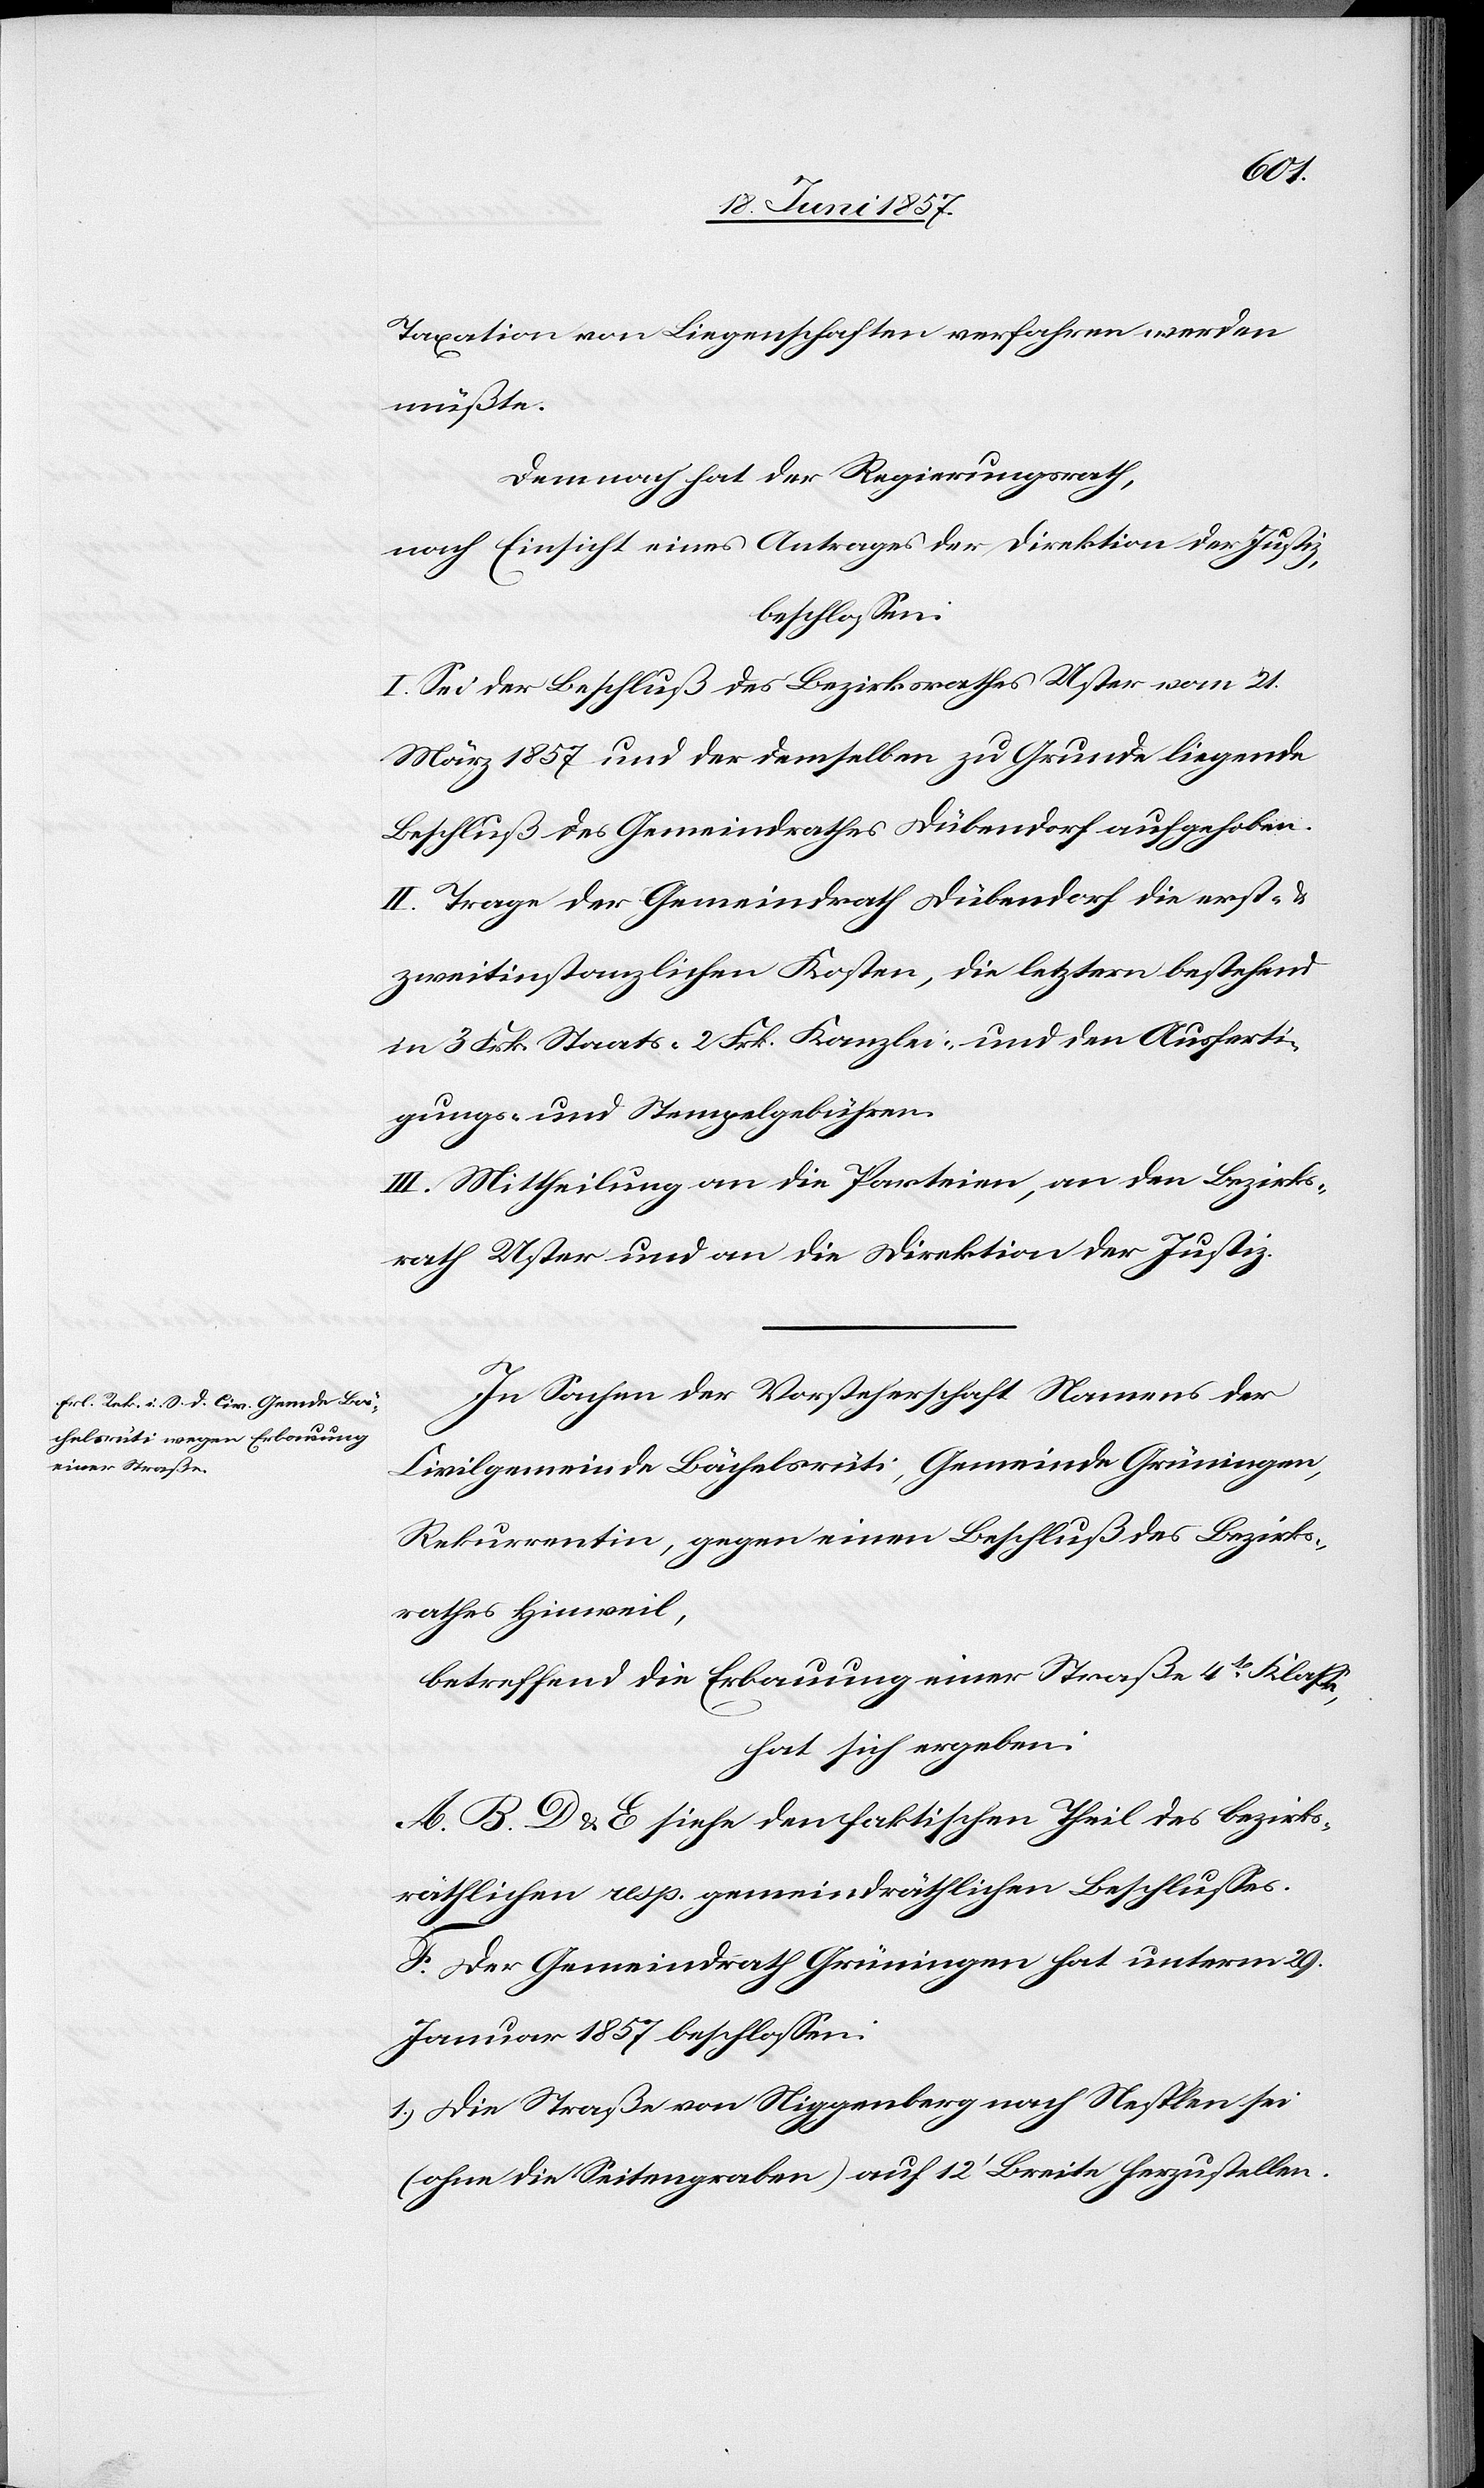
Taxation von Liegenschaften verfahren werden
müßte.
Demnach hat der Regierungsrath,
nach Einsicht eines Antrages der Direktion der Justiz,
beschlossen:
I. Sei der Beschluß des Bezirksrathes Uster vom 21
März 1857 und der demselben zu Grunde liegende
Beschluß des Gemeindrathes Dübendorf aufgehoben.
II. Trage der Gemeindrath Dübendorf die erst-
zweitinstanzlichen Kosten, die letztern bestehend
in 3 Frk. Staats- 2 Frk. Kanzlei- und den Ausferti¬
gungs- und Stempelgebühren.
III. Mittheilung an die Parteien, an den Bezirks¬
rath Uster und an die Direktion der Justiz.
In Sachen der Vorsteherschaft Namens der
Civilgemeinde Bächelsrüti, Gemeinde Grüningen,
Rekurrentin, gegen einen Beschluß des Bezirks¬
rathes Hinweil,
betreffend die Erbauung einer Straße 4ten Klasse,
hat sich ergeben:
A. B. D & E siehe den faktischen Theil des bezirks¬
räthlichen resp. gemeindräthlichen Beschlusses.
F. Der Gemeindrath Grüningen hat unterm 29
Januar 1857 beschlossen:
1.) Die Straße von Niggenberg nach Nesplen sei
(ohne die Seitengraben) auf 12’ Breite herzustellen.